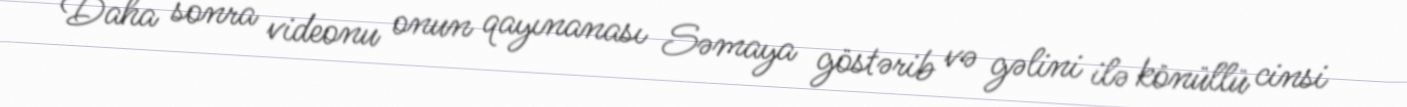
Daha sonra videonu onun qayınanası Səmaya göstərib və gəlini ilə könüllü cinsi